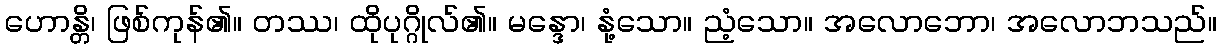
ဟောန္တိ၊ ဖြစ်ကုန်၏။ တဿ၊ ထိုပုဂ္ဂိုလ်၏။ မန္ဒော၊ နုံ့သော။ ညံ့သော။ အလောဘော၊ အလောဘသည်။